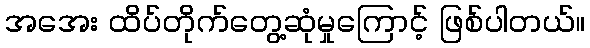
အအေး ထိပ်တိုက်တွေ့ဆုံမှုကြောင့် ဖြစ်ပါတယ်။